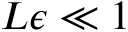
L \epsilon \ll 1